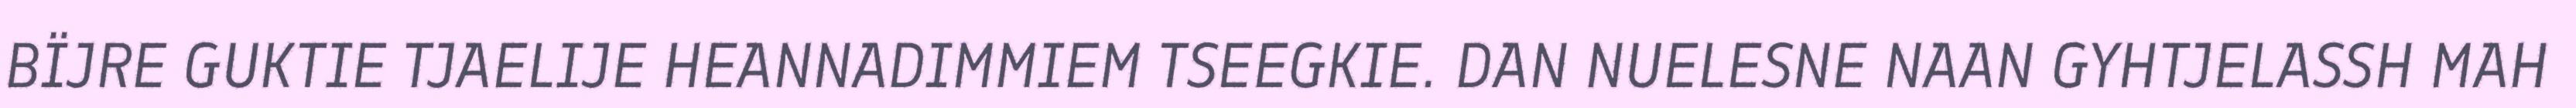
BÏJRE GUKTIE TJAELIJE HEANNADIMMIEM TSEEGKIE. DAN NUELESNE NAAN GYHTJELASSH MAH